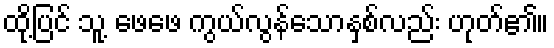
ထို့ပြင် သူ့ ဖေဖေ ကွယ်လွန်သောနှစ်လည်း ဟုတ်၏။